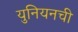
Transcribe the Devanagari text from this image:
युनियनची